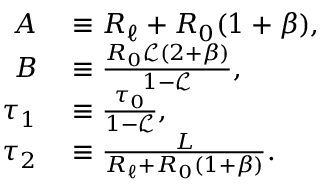
\begin{array} { r l } { A } & { { } \equiv R _ { \ell } + R _ { 0 } ( 1 + \beta ) , } \\ { B } & { { } \equiv \frac { R _ { 0 } \mathscr { L } ( 2 + \beta ) } { 1 - \mathscr { L } } , } \\ { \tau _ { 1 } } & { { } \equiv \frac { \tau _ { 0 } } { 1 - \mathscr { L } } , } \\ { \tau _ { 2 } } & { { } \equiv \frac { L } { R _ { \ell } + R _ { 0 } ( 1 + \beta ) } . } \end{array}